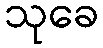
သုခေ